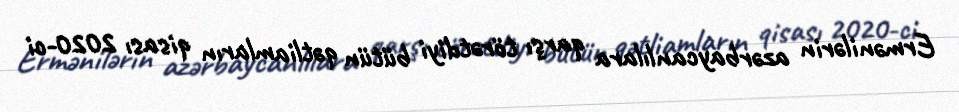
Ermənilərin azərbaycanlılara qarşı törətdiyi bütün qətliamların qisası 2020-ci